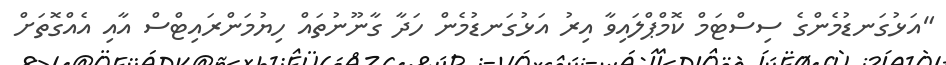
"އަޅުގަނޑުމެންގެ ސިސްޓަމް ކޮމްޕްލައިވާ އިރު އަޅުގަނޑުމެން ހަދާ ގާނޫނުތައް ހިޔުމަންރައިޓްސް އާއި އެއްގޮތަށް